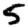
Digit: 5